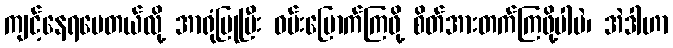
ကျင့်နေရပေတယ်လို့ အာရုံပြုပြီး ဝမ်းမြောက်ကြဖို့ စိတ်အားတက်ကြဖို့ပါပဲ၊ အဲဒါဟာ